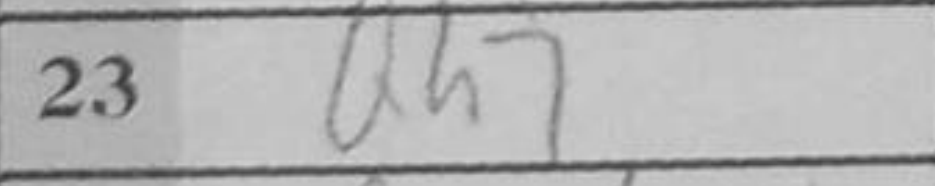
Transcription: Qh7